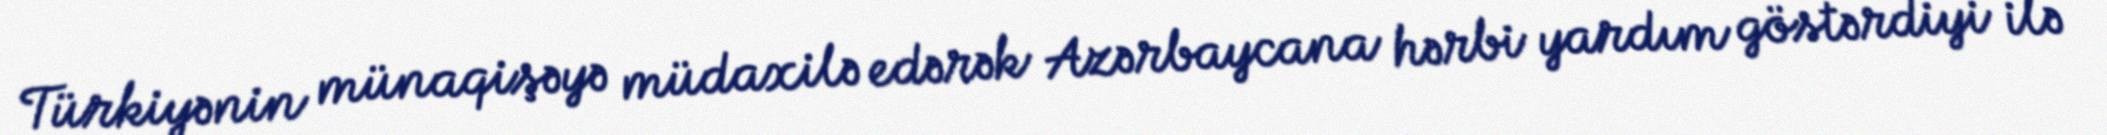
Türkiyənin münaqişəyə müdaxilə edərək Azərbaycana hərbi yardım göstərdiyi ilə